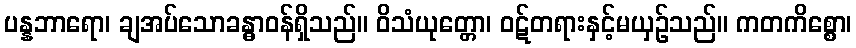
ပန္နဘာရော၊ ချအပ်သောခန္ဓာဝန်ရှိသည်။ ဝိသံယုတ္တော၊ ဝဋ်တရားနှင့်မယှဉ်သည်။ ကတကိစ္စော၊